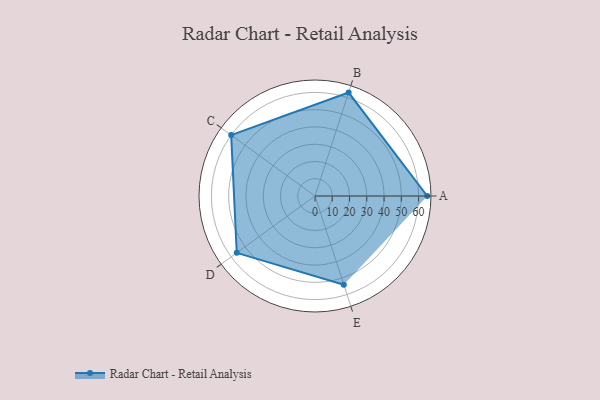
{"axis": {"x": "Skill", "y": "Score"}, "legend": ["Profile"], "data": [{"x": "A", "y": 65.0, "type": "Profile"}, {"x": "B", "y": 63.0, "type": "Profile"}, {"x": "C", "y": 60.0, "type": "Profile"}, {"x": "D", "y": 56.0, "type": "Profile"}, {"x": "E", "y": 54.0, "type": "Profile"}]}